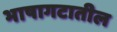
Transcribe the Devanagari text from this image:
भाषागटातील